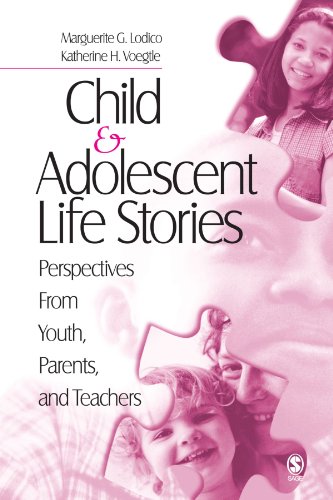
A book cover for Child and Adolescent Life Stories: Perspectives from Youth, Parents, and Teachers; Katherine H. Voegtle; Medical Books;